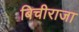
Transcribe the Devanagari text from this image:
बिचीराजा